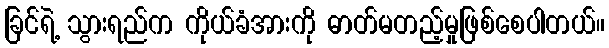
ခြင်ရဲ့ သွားရည်က ကိုယ်ခံအားကို ဓာတ်မတည့်မှုဖြစ်စေပါတယ်။